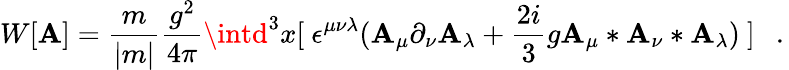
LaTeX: W[\mathbf{A}]=\frac{{m}}{{|m|}}\frac{{g^{2}}}{{4\pi}}\intd^{3}x[~\epsilon^{\mu\nu\lambda}(\mathbf{A}_{\mu}\partial_{\nu}\mathbf{A}_{\lambda}+\frac{{2i}}{{3}}g\mathbf{A}_{\mu}*\mathbf{A}_{\nu}*\mathbf{A}_{\lambda})~]~~~.\,